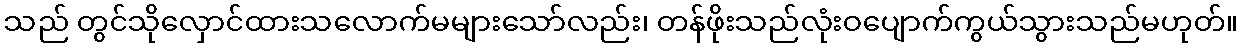
သည် တွင်သိုလှောင်ထားသလောက်မများသော်လည်း၊ တန်ဖိုးသည်လုံးဝပျောက်ကွယ်သွားသည်မဟုတ်။